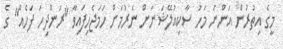
މީގެ އިތުރުން އަންނަ މަހު ސާކިއުލޭޝަނަށް ނެރުމަށް ހަމަޖެހިފައިވާ "ރަންދިހަ ފަހެއް" ގެ